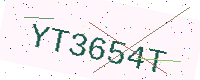
Text: YT3654T